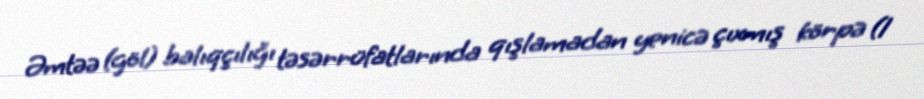
Əmtəə (göl) balıqçılığı təsərrüfatlarında qışlamadan yenicə çıxmış körpə (1